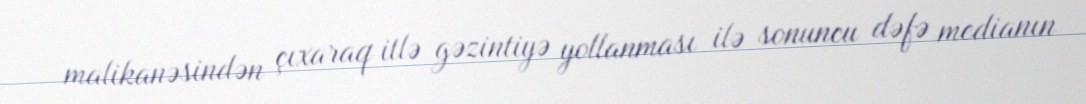
malikanəsindən çıxaraq itlə gəzintiyə yollanması ilə sonuncu dəfə medianın